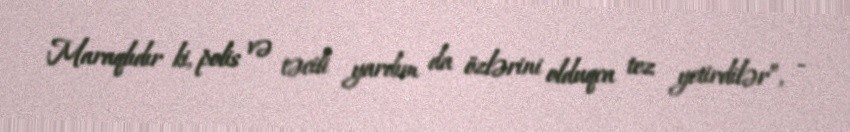
Maraqlıdır ki, polis və təcili yardım da özlərini olduqca tez yetirdilər”, -